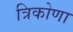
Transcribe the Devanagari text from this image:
त्रिकोणा